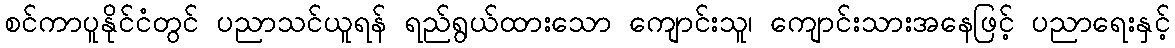
စင်ကာပူနိုင်ငံတွင် ပညာသင်ယူရန် ရည်ရွယ်ထားသော ကျောင်းသူ၊ ကျောင်းသားအနေဖြင့် ပညာရေးနှင့်